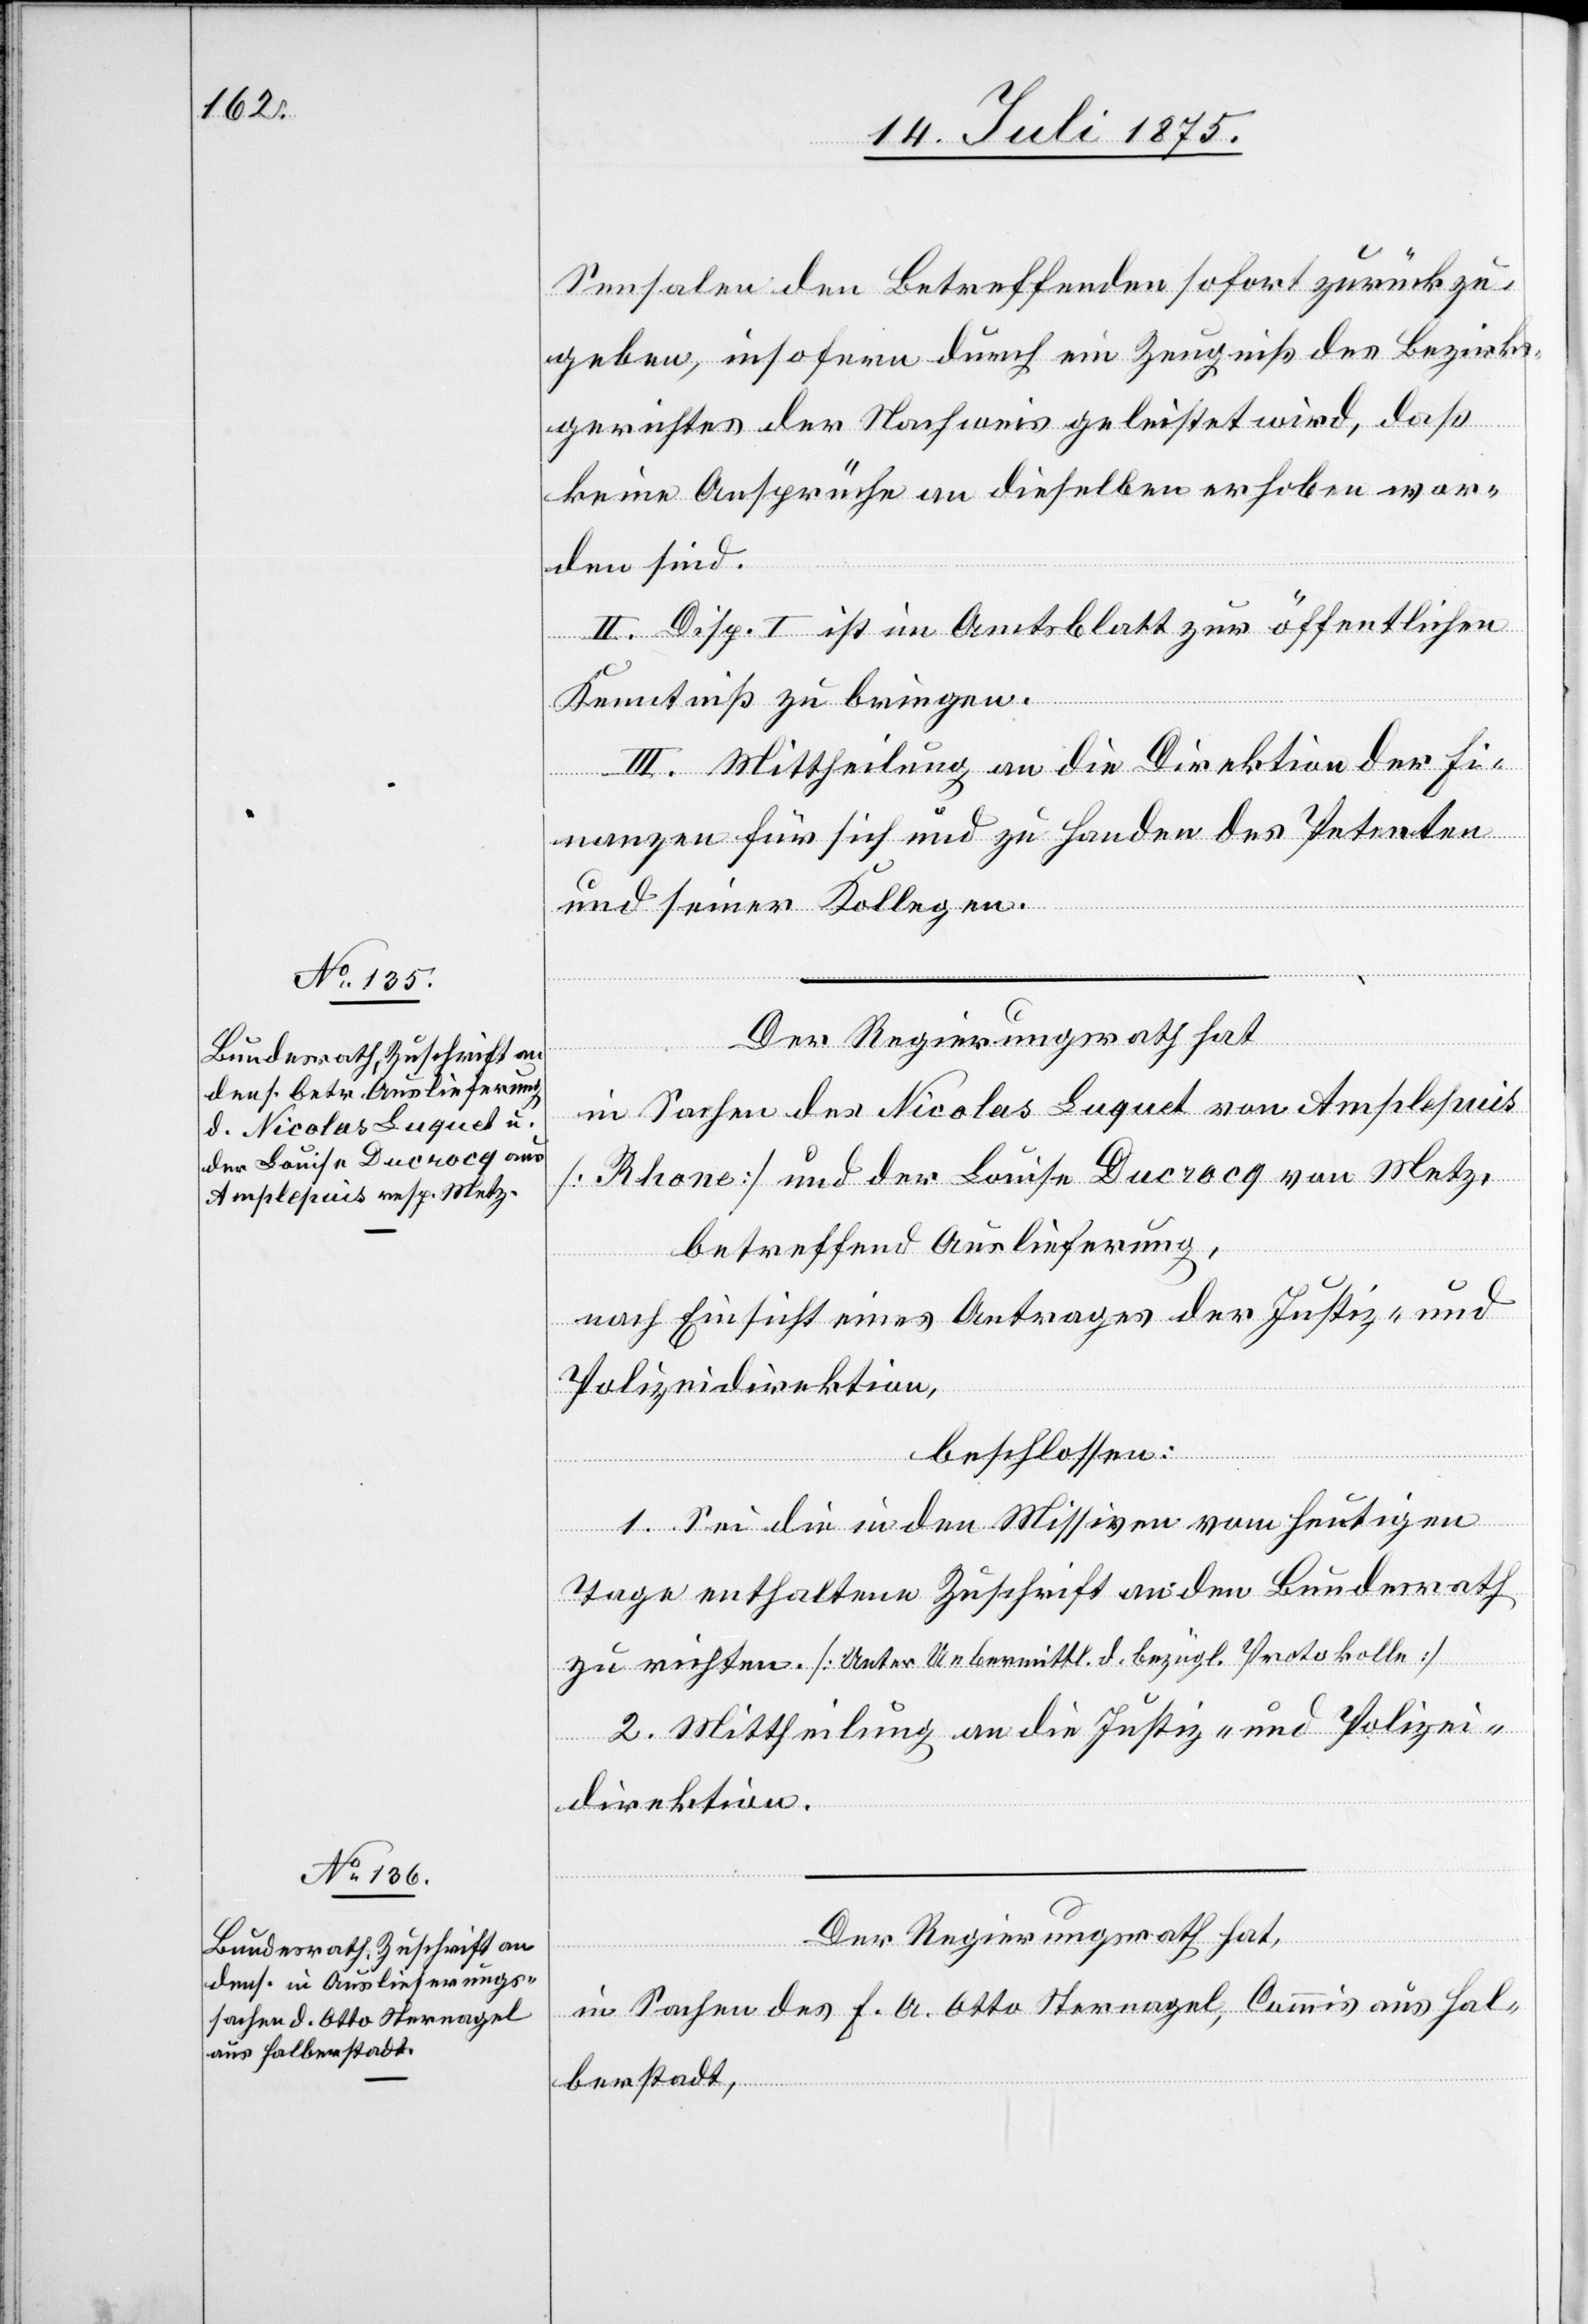
Sensalen den Betreffenden sofort zurückzu¬
geben, insofern durch ein Zeugniß des Bezirks¬
gerichtes der Nachweis geleistet wird, daß
keine Ansprüche an dieselben erhoben wor¬
den sind.
II. Disp. I ist im Amtsblatt zur öffentlichen
Kenntniß zu bringen.
III. Mittheilung an die Direktion der Fi¬
nanzen für sich und zu Handen des Petenten
und seiner Kollegen.
Der Regierungsrath hat
in Sachen des Nicolas Luquet von Amplepuis
[Rhone] und der Louise Ducrocq von Metz,
betreffend Auslieferung,
nach Einsicht eines Antrages der Justiz- und
Polizeidirektion,
beschlossen:
1. Sei die in den Missiven vom heutigen
Tage enthaltene Zuschrift an den Bundesrath
zu richten. [Unter Uebermittl. d. bezügl. Protokolle]
2. Mittheilung an die Justiz- und Polizei¬
direktion.
Der Regierungsrath hat,
in Sachen des F. A. Otto Sternagel, Commis aus Hal¬
berstadt,